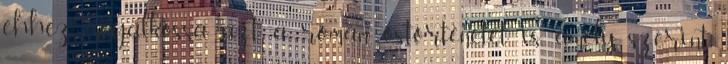
ehhez megalkossa azt a román őstörténetet is, amely szerint